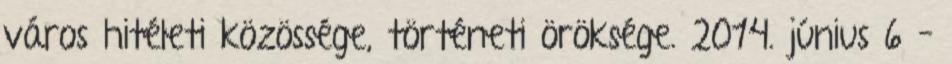
város hitéleti közössége, történeti öröksége. 2014. június 6 –